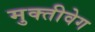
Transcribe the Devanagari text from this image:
मुक्तीवेग